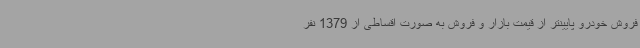
فروش خودرو پایینتر از قیمت بازار و فروش به صورت اقساطی از 1379 نفر